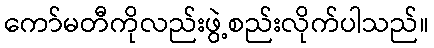
ကော်မတီကိုလည်းဖွဲ့စည်းလိုက်ပါသည်။